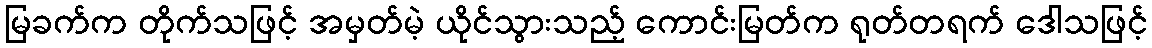
မြခက်က တိုက်သဖြင့် အမှတ်မဲ့ ယိုင်သွားသည့် ကောင်းမြတ်က ရုတ်တရက် ဒေါသဖြင့်